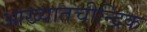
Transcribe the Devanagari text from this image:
आख्यातचीन्द्रिक